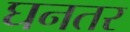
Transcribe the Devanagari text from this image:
घनतर